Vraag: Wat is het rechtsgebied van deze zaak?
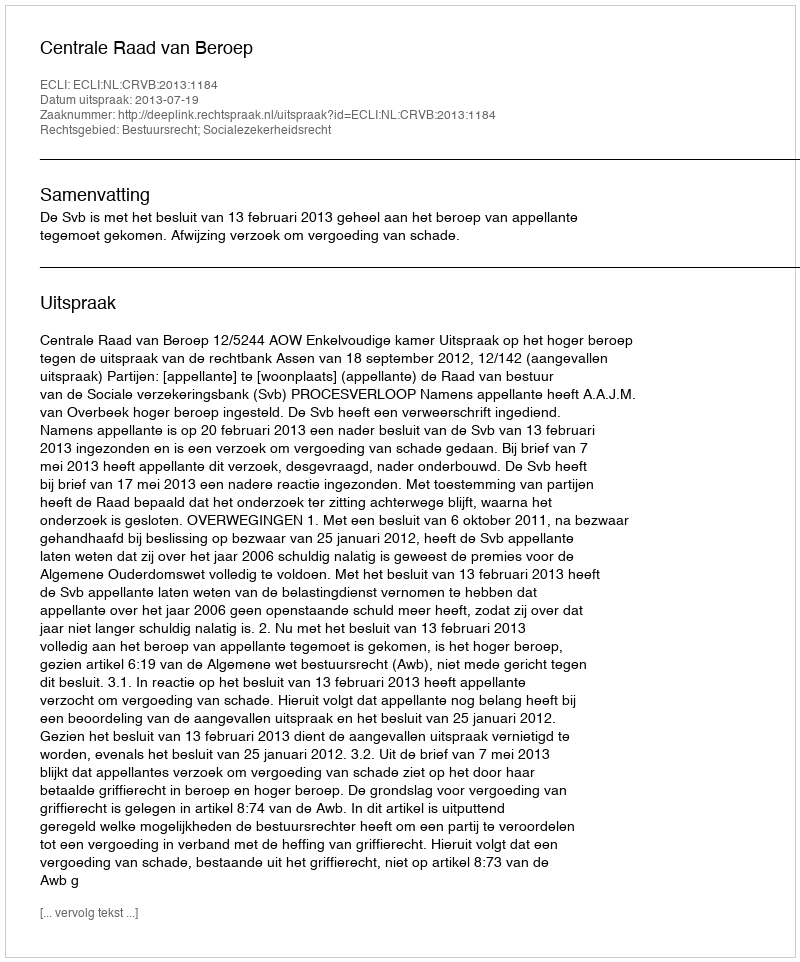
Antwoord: Bestuursrecht; Socialezekerheidsrecht